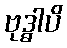
ဗုဒ္ဓါပိ